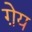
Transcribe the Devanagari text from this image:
ग़ेय